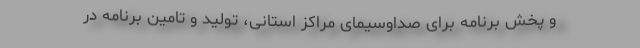
و پخش برنامه برای صداوسیمای مراکز استانی، تولید و تامین برنامه در